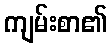
ကျမ်းစာ၏